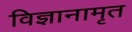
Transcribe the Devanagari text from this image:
विज्ञानामृत